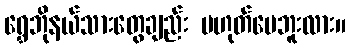
ရွှေဘိုနယ်သားတွေချည်း မဟုတ်ပေဘူးလား။